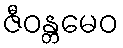
ဇီဝန္တမေဝ